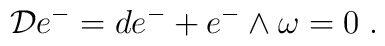
{\cal D} e^- = d e^- +e^- \wedge \omega = 0 \; .